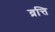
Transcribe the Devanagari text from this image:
व्रत्ति